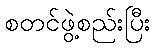
စတင်ဖွဲ့စည်းပြီး